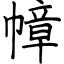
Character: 幛